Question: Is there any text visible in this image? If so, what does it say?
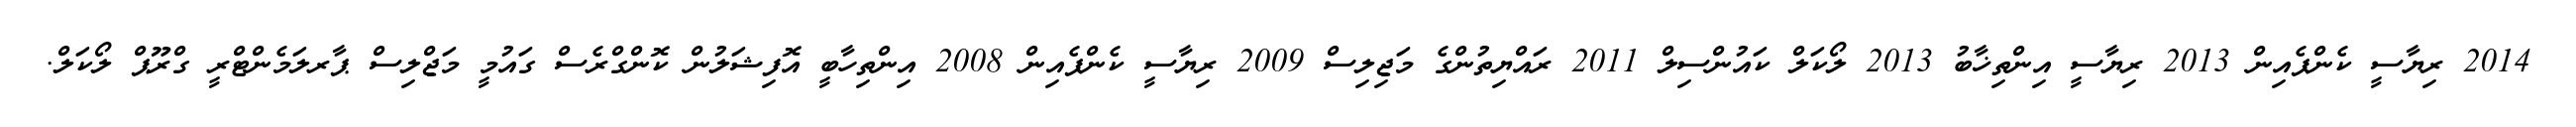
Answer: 2014 ރިޔާސީ ކެންޕެއިން 2013 ރިޔާސީ އިންތިޚާބު 2013 ލޯކަލް ކައުންސިލް 2011 ރައްޔިތުންގެ މަޖިލިސް 2009 ރިޔާސީ ކެންޕެއިން 2008 އިންތިހާބީ އޮފިޝަލުން ކޮންގްރެސް ގައުމީ މަޖްލިސް ޕާރލަމެންޓްރީ ގްރޫޕް ލޯކަލް.